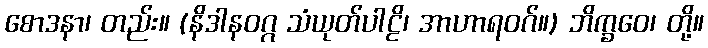
စောဒနာ၊ တည်း။ (နိဒါနဝဂ္ဂ သံယုတ်ပါဠိ၊ အာဟာရဝဂ်။) ဘိက္ခဝေ၊ တို့။